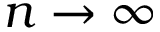
n \rightarrow \infty